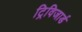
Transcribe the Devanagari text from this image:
ट्रिविजार्ड